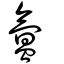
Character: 氳